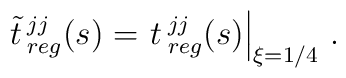
{\tilde t}{\,}^{jj}_{reg}(s)=   \left.t{\,}^{jj}_{reg}(s)\right|_{\xi=1/4}\,.